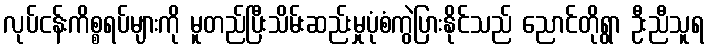
လုပ်ငန်းကိစ္စရပ်များကို မူတည်ပြီးသိမ်းဆည်းမှုပုံစံကွဲပြားနိုင်သည် ညောင်တိုရွာ ဦးညီသူရ